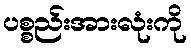
ပစ္စည်းအားလုံးကို